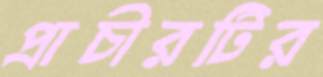
প্রাচীরটির